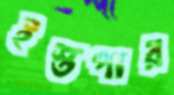
ইস্তপার